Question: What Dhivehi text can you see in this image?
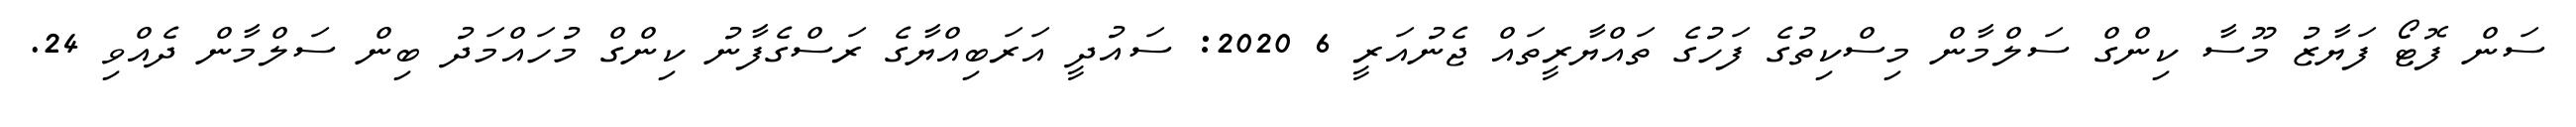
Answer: ސަން ފޮޓޯ ފަޔާޒު މޫސާ ކިންގް ސަލްމާން މިސްކިތުގެ ފަހުގެ ތައްޔާރީތައް ޖެނުއަރީ 6 2020: ސައުދީ އަރަބިއްޔާގެ ރަސްގެފާނު ކިންގް މުހައްމަދު ބިން ސަލްމާން ދެއްވި 24.